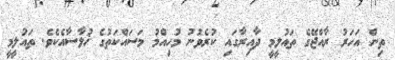
ތިން އަހަރު ރާއްޖޭގެ ތައުލީމީ ދާއިރާގައި ކުރެވުނު މުހިއްމު މަސައްކަތުގެ ޚުލާސާއެކެވެ. ތައުލީމީ